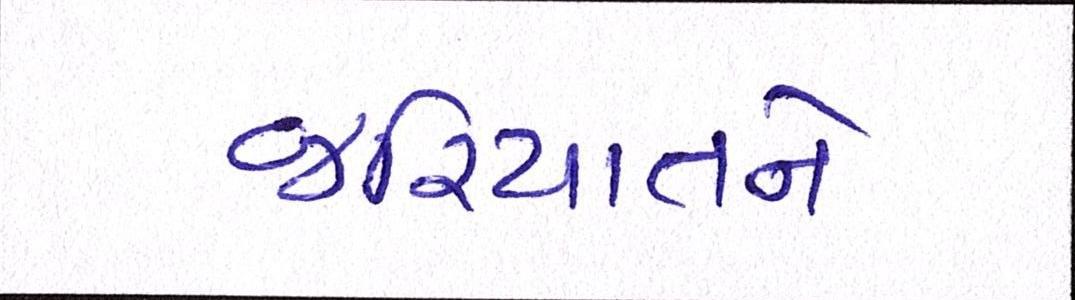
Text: જરિયાતને